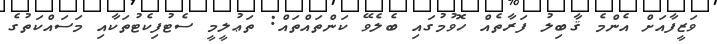
ވަޒީފާއަށް އެންމެ ޤާބިލު ފަރާތެއް ހޮވުމުގައި ބެލެވޭ ކަންތައްތައް: ތަޢުލީމީ ސެޓުފިކެޓުތަކާއި މަސައްކަތުގެ